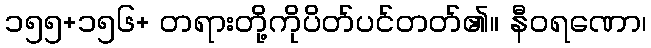
၁၅၅+၁၅၆+ တရားတို့ကိုပိတ်ပင်တတ်၏။ နီဝရဏော၊